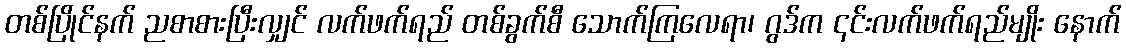
တစ်ပြိုင်နက် ညစာစားပြီးလျှင် လက်ဖက်ရည် တစ်ခွက်စီ သောက်ကြလေရာ၊ ဂွဒ်က ၎င်းလက်ဖက်ရည်မျိုး နောက်